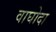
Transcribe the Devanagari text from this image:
वाघोदा